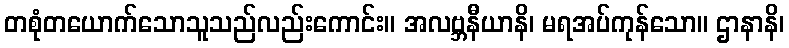
တစုံတယောက်သောသူသည်လည်းကောင်း။ အလဗ္ဘနီယာနိ၊ မရအပ်ကုန်သော။ ဌာနာနိ၊